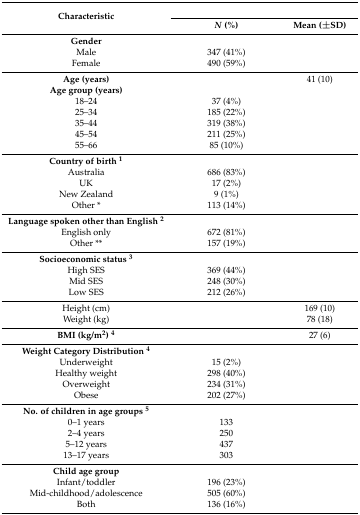
<table><thead><tr><td rowspan="2"><b>Characteristic </b></td><td colspan="2"><b> </b></td></tr><tr><td><b><i>N</i> (%)</b></td><td><b>Mean (±SD)</b></td></tr></thead><tbody><tr><td><b>Gender</b></td><td></td><td></td></tr><tr><td>Male</td><td>347 (41%)</td><td rowspan="2"></td></tr><tr><td>Female</td><td>490 (59%)</td></tr><tr><td><b>Age (years)</b></td><td></td><td>41 (10)</td></tr><tr><td><b>Age group (years)</b></td><td></td><td rowspan="6"></td></tr><tr><td>18–24</td><td>37 (4%)</td></tr><tr><td>25–34</td><td>185 (22%)</td></tr><tr><td>35–44</td><td>319 (38%)</td></tr><tr><td>45–54</td><td>211 (25%)</td></tr><tr><td>55–66</td><td>85 (10%)</td></tr><tr><td><b>Country of birth <sup>1</sup></b></td><td></td><td rowspan="5"></td></tr><tr><td>Australia</td><td>686 (83%)</td></tr><tr><td>UK</td><td>17 (2%)</td></tr><tr><td>New Zealand</td><td>9 (1%)</td></tr><tr><td>Other *</td><td>113 (14%)</td></tr><tr><td><b>Language spoken other than English <sup>2</sup></b></td><td></td><td rowspan="3"></td></tr><tr><td>English only</td><td>672 (81%)</td></tr><tr><td>Other **</td><td>157 (19%)</td></tr><tr><td><b>Socioeconomic status <sup>3</sup></b></td><td></td><td rowspan="4"></td></tr><tr><td>High SES </td><td>369 (44%)</td></tr><tr><td>Mid SES </td><td>248 (30%)</td></tr><tr><td>Low SES </td><td>212 (26%)</td></tr><tr><td>Height (cm) </td><td></td><td>169 (10)</td></tr><tr><td>Weight (kg) </td><td></td><td>78 (18)</td></tr><tr><td><b>BMI (kg/m<sup>2</sup>) <sup>4</sup></b></td><td></td><td>27 (6)</td></tr><tr><td><b>Weight Category Distribution</b><b><sup>4</sup></b></td><td></td><td rowspan="5"></td></tr><tr><td>Underweight</td><td>15 (2%)</td></tr><tr><td>Healthy weight</td><td>298 (40%)</td></tr><tr><td>Overweight</td><td>234 (31%)</td></tr><tr><td>Obese</td><td>202 (27%)</td></tr><tr><td><b>No. of children in age groups <sup>5</sup></b></td><td></td><td rowspan="5"></td></tr><tr><td>0–1 years</td><td>133</td></tr><tr><td>2–4 years</td><td>250</td></tr><tr><td>5–12 years</td><td>437</td></tr><tr><td>13–17 years</td><td>303</td></tr><tr><td><b>Child age group</b></td><td></td><td rowspan="4"></td></tr><tr><td>Infant/toddler</td><td>196 (23%)</td></tr><tr><td>Mid-childhood/adolescence</td><td>505 (60%)</td></tr><tr><td>Both</td><td>136 (16%)</td></tr></tbody></table>